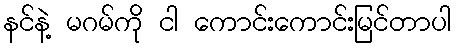
နင်နဲ့ မဂမ်ကို ငါ ကောင်းကောင်းမြင်တာပါ